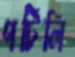
পটিলি